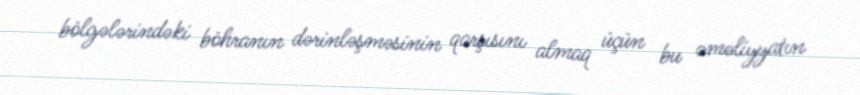
bölgələrindəki böhranın dərinləşməsinin qarşısını almaq üçün bu əməliyyatın